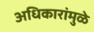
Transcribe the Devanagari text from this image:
अधिकारांमुळे